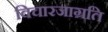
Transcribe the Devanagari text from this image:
विचारजाग्रति